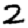
Digit: 2